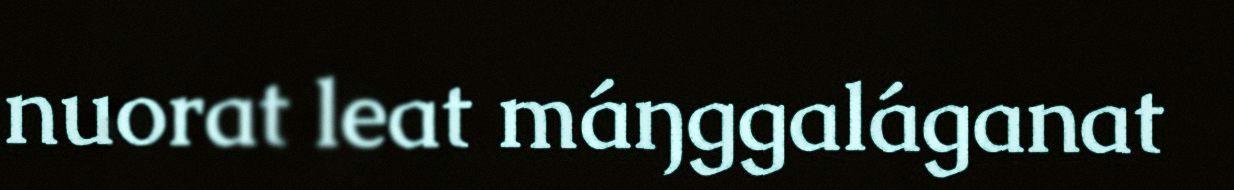
nuorat leat máŋggaláganat